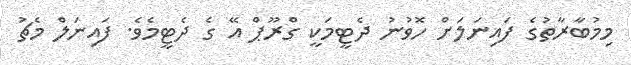
މިމުބާރާތުގެ ފައިނަލަށް ހޮވުނު ދެޓީމަކީ ގްރޫޕް އޭ ގެ ދެޓީމެވެ. ފައިނަލް މެޗު